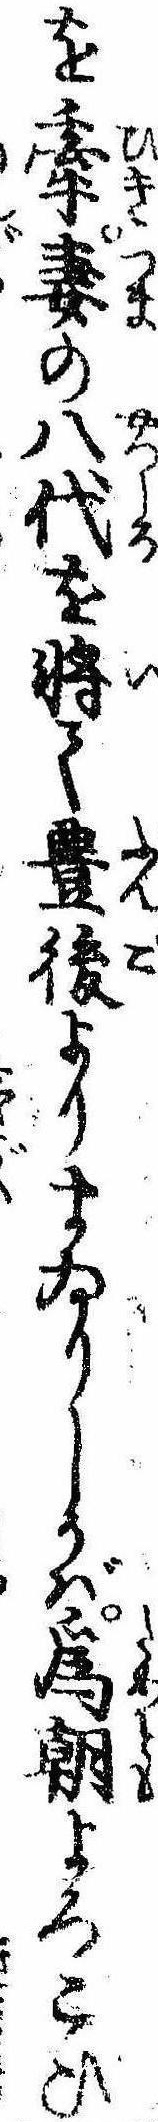
を牽妻の八代を将て豊後よりまゐりしかば為朝よろこび